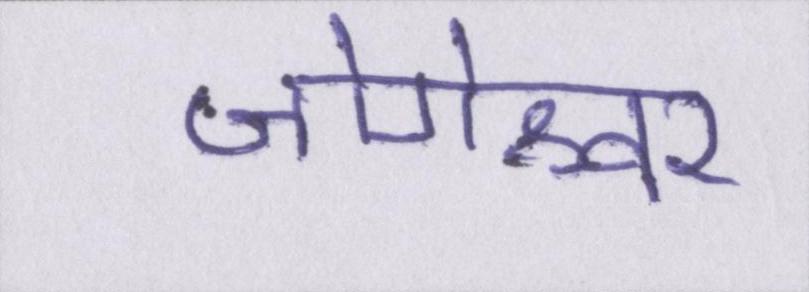
जोगेश्वर